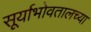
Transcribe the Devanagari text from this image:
सूर्याभोवतालच्या